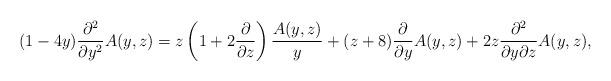
LaTeX: \begin{align*}(1-4y){\partial^2\over \partial y^{2}}A(y,z)=z\left(1+2{\partial\over\partial z}\right){A(y,z)\over y}+(z+8){\partial\over\partial y}A(y,z)+2z{\partial^{2}\over\partial y\partial z}A(y,z),\end{align*}